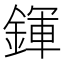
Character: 鍕